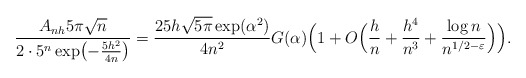
\begin{align*} \frac{A_{nh}5\pi\sqrt{n}}{2\cdot 5^n\exp\bigl(-\frac{5h^2}{4n}\bigr)} = \frac{25h\sqrt{5\pi}\exp(\alpha^2)}{4n^2}G(\alpha)\Bigl(1+ O\Bigl(\frac hn +\frac{h^4}{n^3}+\frac{\log n}{n^{1/2-\varepsilon}}\Bigr)\Bigr). \end{align*}